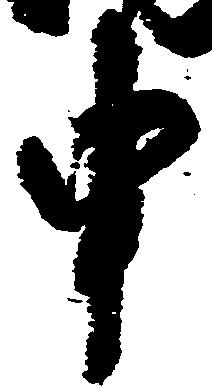
申